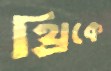
থ্রিকে